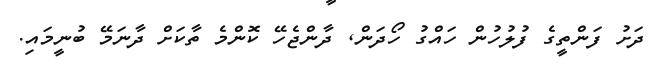
ދަށު ފަންތީގެ ފުލުހުން ހައްގު ހޯދަން